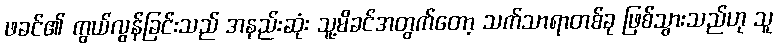
ဖခင်၏ ကွယ်လွန်ခြင်းသည် အနည်းဆုံး သူ့မိခင်အတွက်တော့ သက်သာရာတစ်ခု ဖြစ်သွားသည်ဟု သူ